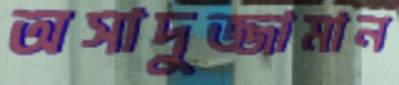
অসাদুজ্জামান